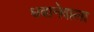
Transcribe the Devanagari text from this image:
धबानेवाला